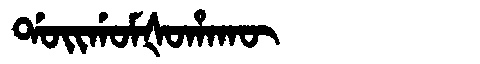
Manchu: ᡩᠣᡳᡤᠣᠮᡧᠣᡥᠠᡴᡡ
Romanization: DOIGOMŠOHAKŪ